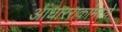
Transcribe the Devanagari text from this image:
आधारराकांमध्ये